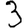
Digit: 3